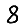
Digit: 8